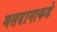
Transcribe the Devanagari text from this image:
मतदानाकडे